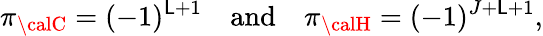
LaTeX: \pi_{\calC}=(-1)^{\mathsf{L}+1}\quad\mathrm{{and}}\quad\pi_{\calH}=(-1)^{J+\mathsf{L}+1},